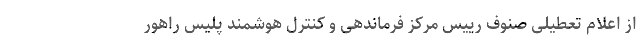
از اعلام تعطیلی صنوف رییس مرکز فرماندهی و کنترل هوشمند پلیس راهور